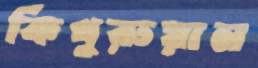
কিথুরুয়ান